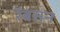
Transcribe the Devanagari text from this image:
रॅबसन